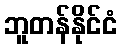
ဘူတန်နိုင်ငံ